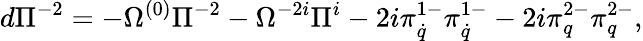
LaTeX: d\Pi^{-2}=-\Omega^{(0)}\Pi^{-2}-\Omega^{-2i}\Pi^{i}-2i\pi_{\dot{q}}^{1-}\pi_{\dot{q}}^{1-}-2i\pi_{q}^{2-}\pi_{q}^{2-},